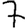
Digit: 7